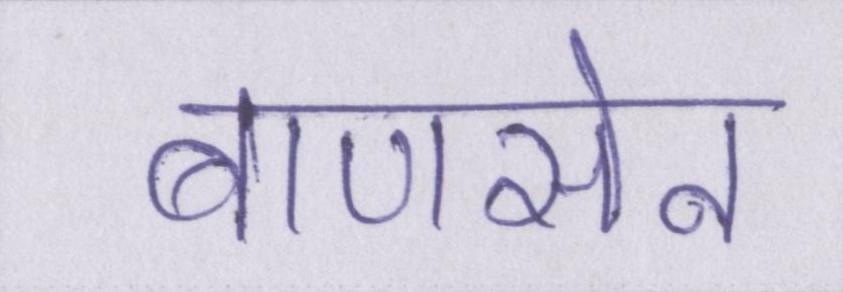
बाणसेन